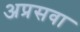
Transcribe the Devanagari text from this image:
अप्रसवा